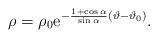
LaTeX: \begin{align*}\rho=\rho_0{\rm e}^{-{1+\cos\alpha\over \sin \alpha}(\vartheta-\vartheta_0)}.\end{align*}